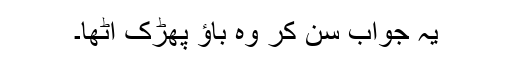
یہ جواب سن کر وہ باؤ پھڑک اٹھا۔